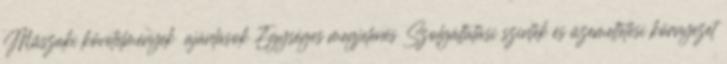
Műszaki követelmények ajánlások Egységes megjelenés Szolgáltatási szintek és üzemeltetési környezet